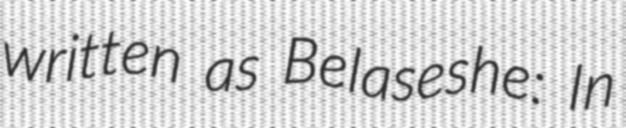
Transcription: written as Belaseshe: In